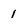
Character: 1